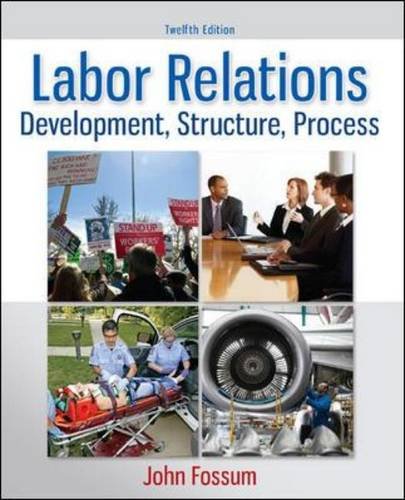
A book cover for Labor Relations: Development, Structure, Process; John Fossum; Business & Money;